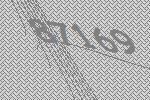
87169